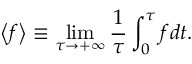
\left< f \right> \equiv \operatorname* { l i m } _ { \tau \to + \infty } \frac { 1 } { \tau } \int _ { 0 } ^ { \tau } f d t .